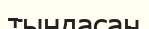
тындасаң